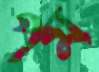
পম